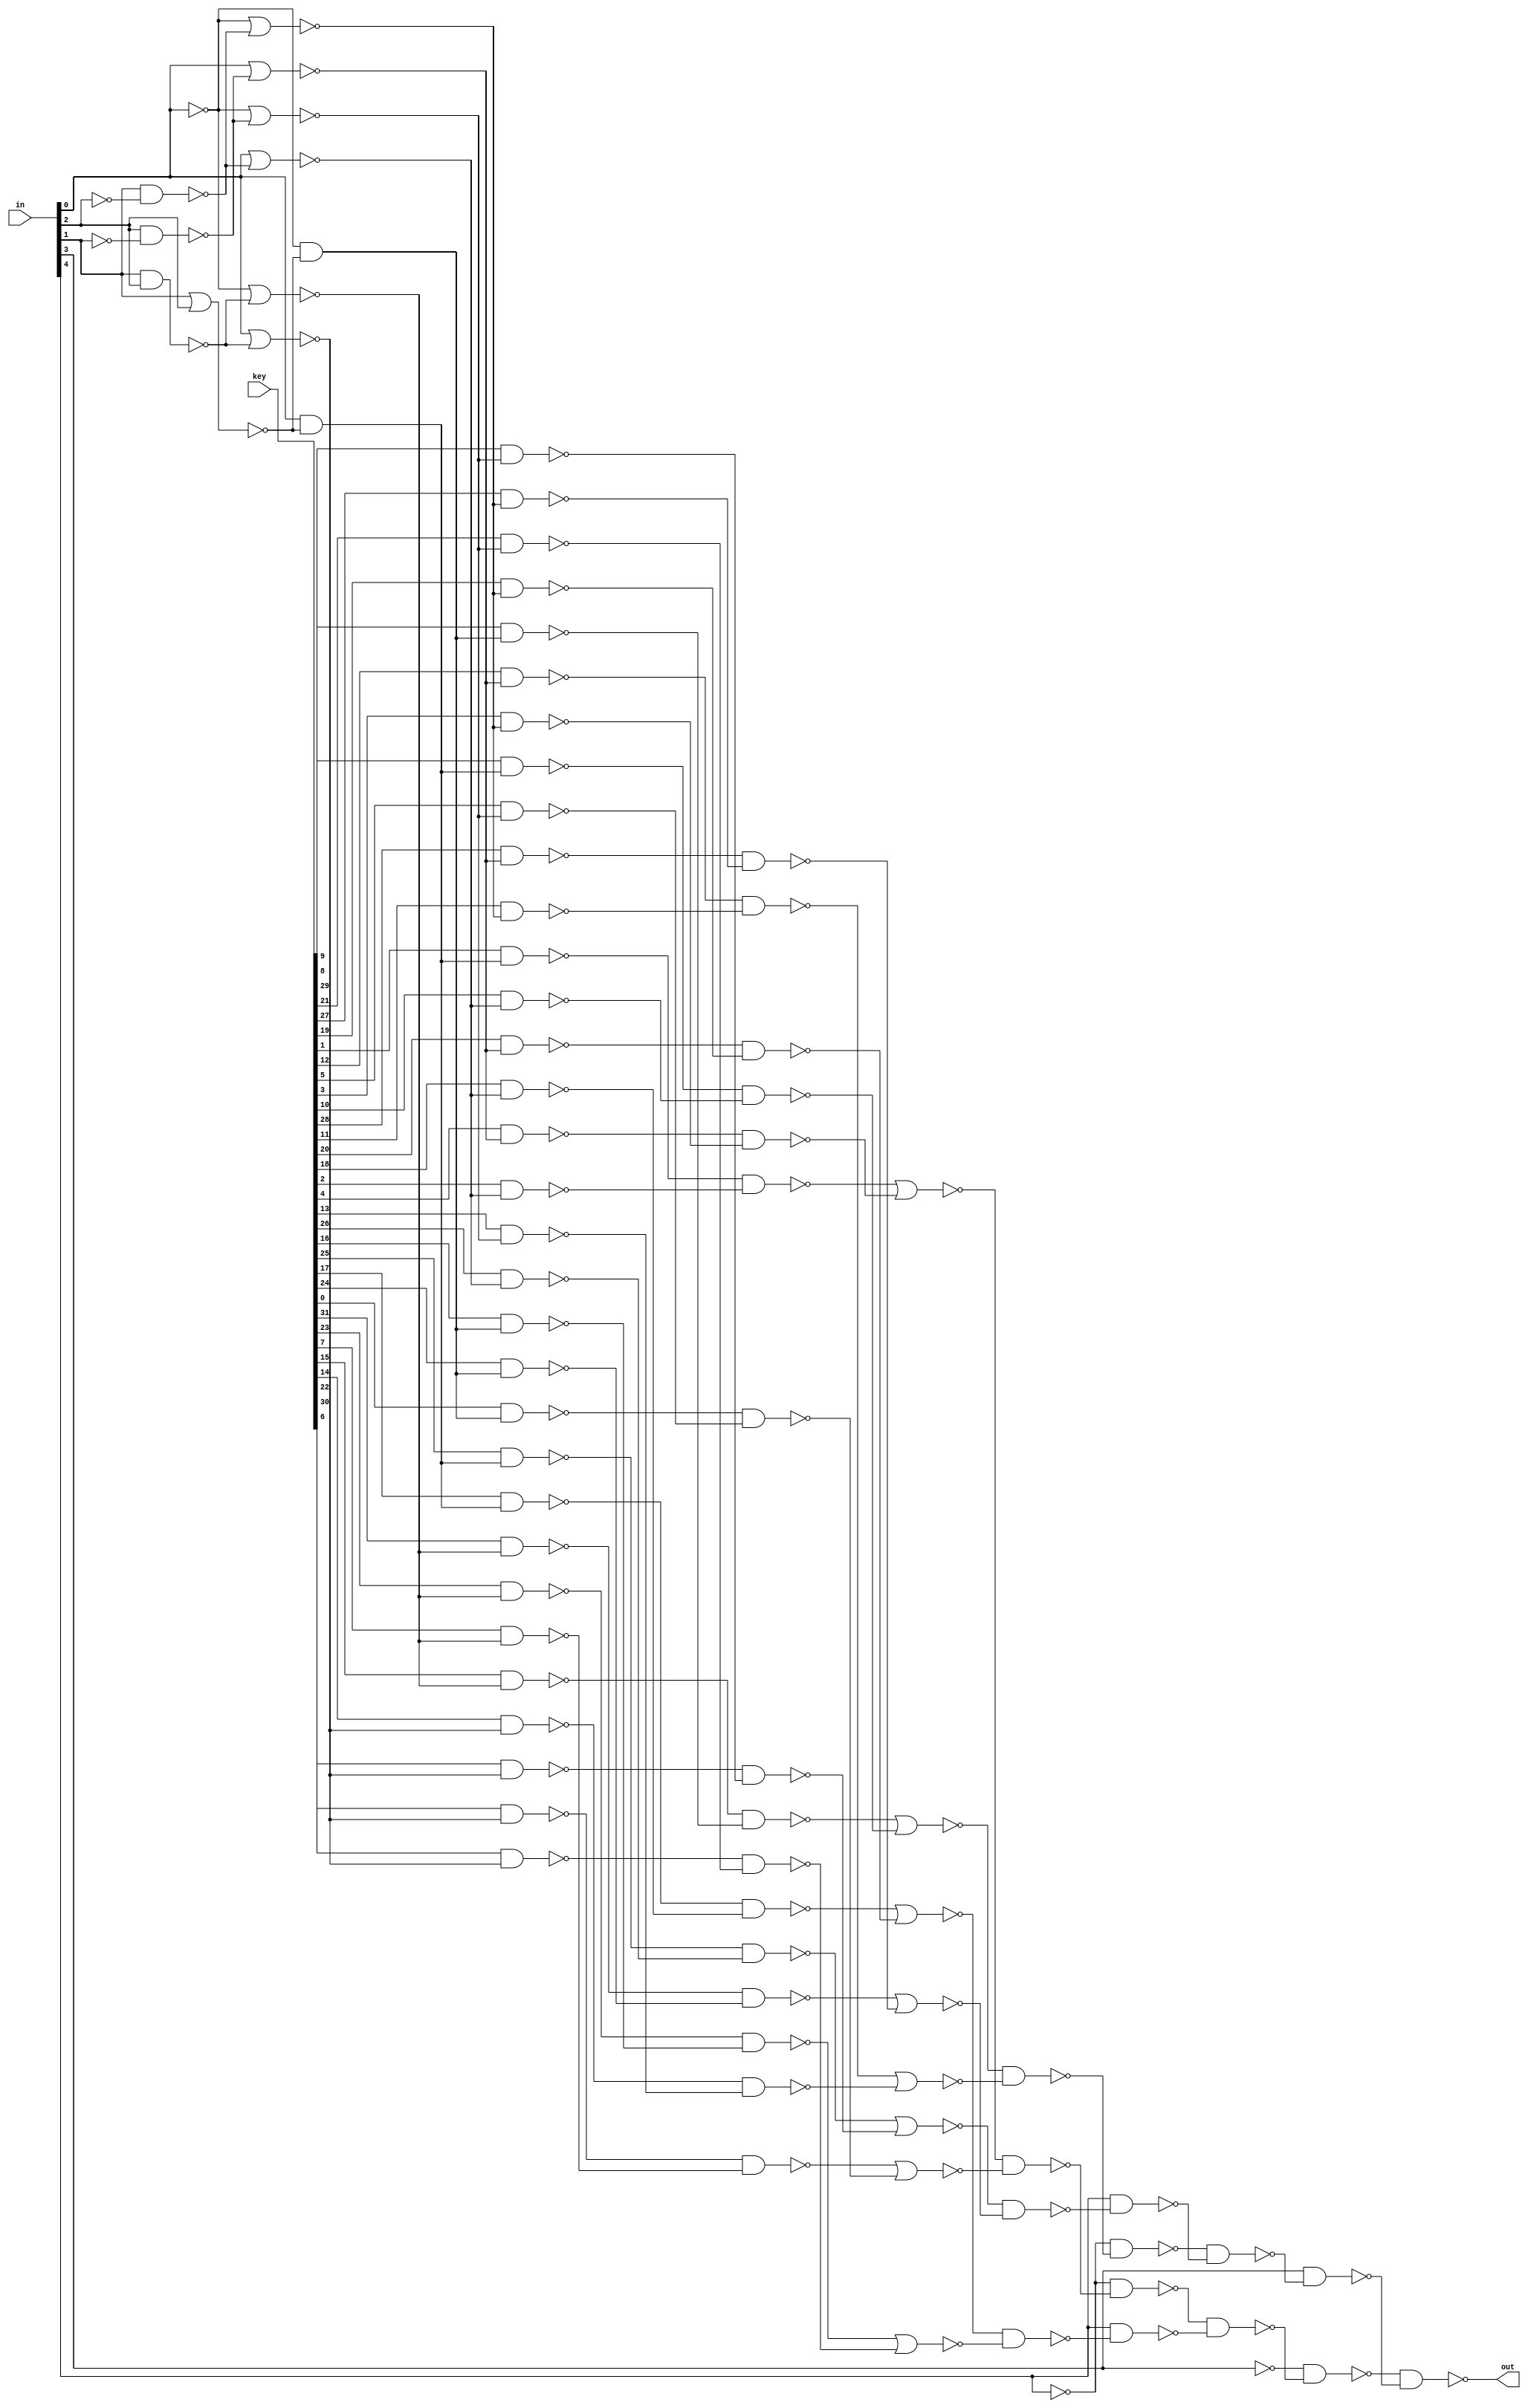

// Generated by Cadence Genus(TM) Synthesis Solution 16.22-s033_1
// Generated on: Mar  7 2020 16:40:48 EST (Mar  7 2020 21:40:48 UTC)

// Verification Directory fv/LUT_WINPUT5 

module LUT_WINPUT5(in, out, key);
  input [4:0] in;
  input [31:0] key;
  output out;
  wire [4:0] in;
  wire [31:0] key;
  wire out;
  wire n_0, n_1, n_2, n_3, n_4, n_5, n_6, n_7;
  wire n_8, n_9, n_10, n_11, n_12, n_13, n_14, n_15;
  wire n_16, n_17, n_18, n_19, n_20, n_21, n_22, n_23;
  wire n_24, n_25, n_26, n_27, n_28, n_29, n_30, n_31;
  wire n_32, n_33, n_34, n_35, n_36, n_37, n_38, n_39;
  wire n_40, n_41, n_42, n_43, n_44, n_45, n_46, n_47;
  wire n_48, n_49, n_50, n_51, n_52, n_53, n_54, n_55;
  wire n_56, n_57, n_58, n_59, n_60, n_61, n_62, n_63;
  wire n_64, n_65, n_66, n_67, n_68, n_69, n_70, n_71;
  wire n_72, n_73, n_74, n_75, n_76, n_77, n_78, n_79;
  wire n_80, n_81, n_82, n_83, n_84, n_85, n_86;
  nand g612__7837 (out, n_86, n_85);
  nand g613__7557 (n_86, n_1, n_83);
  nand g614__7654 (n_85, in[3], n_84);
  nand g615__8867 (n_84, n_79, n_80);
  nand g616__1377 (n_83, n_82, n_81);
  nand g618__3717 (n_82, n_78, n_76);
  nand g619__4599 (n_81, in[4], n_75);
  nand g620__3779 (n_80, in[4], n_77);
  nand g617__2007 (n_79, n_78, n_74);
  nand g623__1237 (n_77, n_67, n_73);
  nand g624__1297 (n_76, n_68, n_69);
  nand g621__2006 (n_75, n_71, n_72);
  nand g622__2833 (n_74, n_66, n_70);
  nor g627__7547 (n_73, n_61, n_59);
  nor g626__7765 (n_72, n_51, n_64);
  nor g625__9867 (n_71, n_65, n_60);
  nor g628__3377 (n_70, n_56, n_55);
  nor g631__9719 (n_69, n_50, n_57);
  nor g630__1591 (n_68, n_58, n_54);
  nor g629__6789 (n_67, n_63, n_52);
  nor g632__5927 (n_66, n_53, n_62);
  nand g640__2001 (n_65, n_22, n_31);
  nand g635__1122 (n_64, n_13, n_46);
  nand g636__2005 (n_63, n_23, n_26);
  nand g637__9771 (n_62, n_49, n_36);
  nand g638__3457 (n_61, n_19, n_21);
  nand g639__1279 (n_60, n_32, n_43);
  nand g634__6179 (n_59, n_35, n_44);
  nand g646__7837 (n_58, n_41, n_29);
  nand g643__7557 (n_57, n_20, n_38);
  nand g644__7654 (n_56, n_39, n_33);
  nand g645__8867 (n_55, n_14, n_27);
  nand g641__1377 (n_54, n_28, n_37);
  nand g647__3717 (n_53, n_15, n_48);
  nand g648__4599 (n_52, n_11, n_47);
  nand g633__3779 (n_51, n_18, n_25);
  nand g642__2007 (n_50, n_10, n_16);
  nand g664__1237 (n_49, key[9], n_40);
  nand g656__1297 (n_48, key[8], n_24);
  nand g657__2006 (n_47, key[29], n_45);
  nand g658__2833 (n_46, key[21], n_45);
  nand g661__7547 (n_44, key[27], n_42);
  nand g662__7765 (n_43, key[19], n_42);
  nand g655__9867 (n_41, key[1], n_40);
  nand g665__3377 (n_39, key[12], n_34);
  nand g666__9719 (n_38, key[5], n_45);
  nand g667__1591 (n_37, key[3], n_42);
  nand g670__6789 (n_36, key[10], n_30);
  nand g671__5927 (n_35, key[28], n_34);
  nand g649__2001 (n_33, key[11], n_42);
  nand g674__1122 (n_32, key[20], n_34);
  nand g675__2005 (n_31, key[18], n_30);
  nand g676__9771 (n_29, key[2], n_30);
  nand g679__3457 (n_28, key[4], n_34);
  nand g680__1279 (n_27, key[13], n_45);
  nand g673__6179 (n_26, key[26], n_30);
  nand g650__7837 (n_25, key[16], n_24);
  nand g651__7557 (n_23, key[25], n_40);
  nand g652__7654 (n_22, key[17], n_40);
  nand g653__8867 (n_21, key[24], n_24);
  nand g654__1377 (n_20, key[0], n_24);
  nand g663__3717 (n_19, key[31], n_17);
  nand g660__4599 (n_18, key[23], n_17);
  nand g659__3779 (n_16, key[7], n_17);
  nand g668__2007 (n_15, key[15], n_17);
  nand g677__1237 (n_14, key[14], n_12);
  nand g672__1297 (n_13, key[22], n_12);
  nand g669__2006 (n_11, key[30], n_12);
  nand g678__2833 (n_10, key[6], n_12);
  nor g687__7547 (n_34, in[0], n_9);
  not g681 (n_24, n_6);
  nor g682__7765 (n_45, n_8, n_9);
  not g686 (n_40, n_5);
  nor g688__9867 (n_42, n_8, n_7);
  nor g689__3377 (n_30, in[0], n_7);
  nand g684__9719 (n_6, n_8, n_4);
  nor g683__1591 (n_12, in[0], n_3);
  nand g690__6789 (n_5, in[0], n_4);
  nor g685__5927 (n_17, n_8, n_3);
  nand g692__2001 (n_9, in[2], n_2);
  nand g693__1122 (n_7, in[1], n_0);
  nor g691__2005 (n_4, in[1], in[2]);
  nand g694__9771 (n_3, in[1], in[2]);
  not g697 (n_2, in[1]);
  not g695 (n_1, in[3]);
  not g698 (n_0, in[2]);
  not g696 (n_78, in[4]);
  not g699 (n_8, in[0]);
endmodule